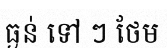
ធ្ងន់ ទៅ ៗ ថែម